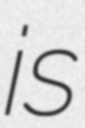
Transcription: is